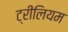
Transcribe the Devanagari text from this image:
ट्रीलियम